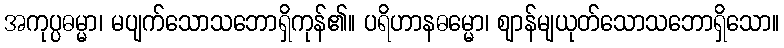
အကုပ္ပဓမ္မာ၊ မပျက်သောသဘောရှိကုန်၏။ ပရိဟာနဓမ္မော၊ ဈာန်မျယုတ်သောသဘောရှိသော။